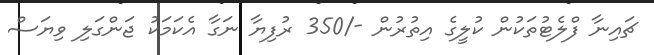
ޗައިނާ ފްލެޓުތަކުން ކުލީގެ އިތުރުން -/350 ރުފިޔާ ނަގާ އެކަމަކު ޖަންގަލި ވިޔަސް